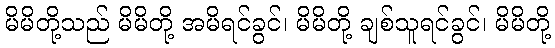
မိမိတို့သည် မိမိတို့ အမိရင်ခွင်၊ မိမိတို့ ချစ်သူရင်ခွင်၊ မိမိတို့